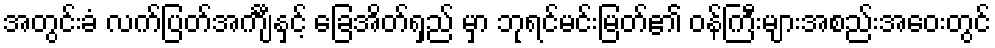
အတွင်းခံ လက်ပြတ်အင်္ကျီနှင့် ခြေအိတ်ရှည် မှာ ဘုရင်မင်းမြတ်၏ ဝန်ကြီးများအစည်းအဝေးတွင်